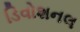
ડિવોશનલ